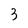
Character: 3